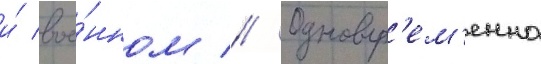
и́ вое́нном // Одновр'ем'енно